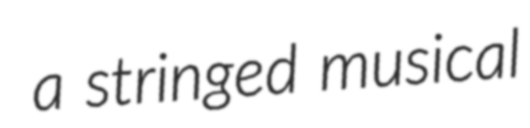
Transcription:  a stringed musical